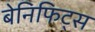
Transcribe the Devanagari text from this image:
बेनिफिट्स